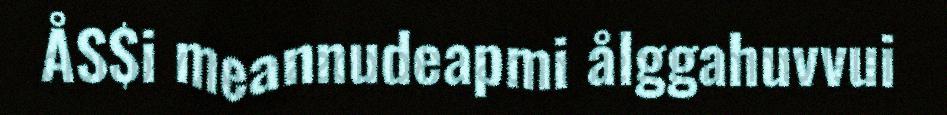
ÅS$i meannudeapmi ålggahuvvui